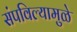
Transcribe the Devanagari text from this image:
संपविल्यामुळे